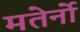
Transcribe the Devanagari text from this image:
मतेर्नो